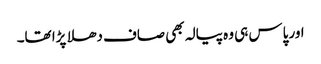
اور پاس ہی وہ پیالہ بھی صاف دھلا پڑا تھا۔